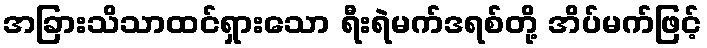
အခြားသိသာထင်ရှားသော ရီးရဲမက်ဒရစ်တို့ အိပ်မက်ဖြင့်